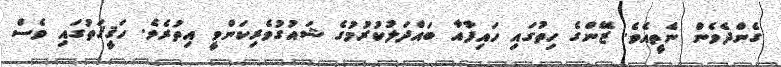
ގެންދެވެން ނެތީއެވެ. ޒޭންގެ ހިތުގައި ހައިފާއާ ބައްދަލުކުރުމުގެ ޝައުގުވެރިކަންވީ އިތުރެވެ. ހަޤީޤަތުގައި ވެސް